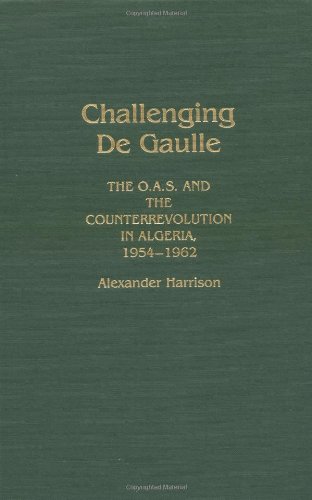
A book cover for Challenging De Gaulle: The O.A.S and the Counter-Revolution in Algeria, 1954-1962; Alexandr Harrison; History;